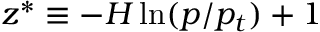
{ z ^ { * } \equiv - H \ln ( p / p _ { t } ) + 1 }